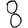
Digit: 8